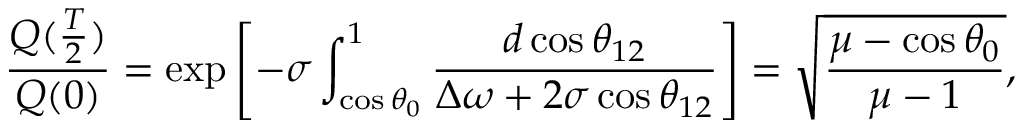
\frac { Q ( \frac { T } { 2 } ) } { Q ( 0 ) } = \exp \left[ - \sigma \int _ { \cos \theta _ { 0 } } ^ { 1 } \frac { d \cos \theta _ { 1 2 } } { \Delta \omega + 2 \sigma \cos \theta _ { 1 2 } } \right] = \sqrt { \frac { \mu - \cos \theta _ { 0 } } { \mu - 1 } } ,